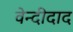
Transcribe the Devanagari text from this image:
वेन्दीदाद